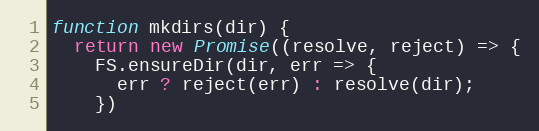
Language: JavaScript
function mkdirs(dir) {
  return new Promise((resolve, reject) => {
    FS.ensureDir(dir, err => {
      err ? reject(err) : resolve(dir);
    })